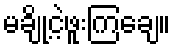
မချို့ငဲ့ဖူးကြချေ။